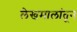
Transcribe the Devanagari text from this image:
लेखमालांतून